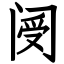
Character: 阌